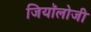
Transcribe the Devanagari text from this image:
जियॉलोजी